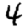
Digit: 4